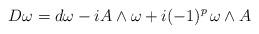
LaTeX: \begin{align*}D\omega=d\omega-iA\wedge\omega+i(-1)^p\,\omega\wedge A\end{align*}